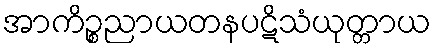
အာကိဉ္စညာယတနပဋိသံယုတ္တာယ